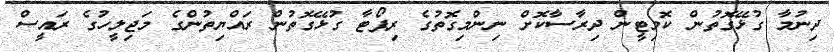
ދިނުމާ ގުޅޭގޮތުން ކޮމިޓީން ދިރާސާކޮށް ނިންމިގޮތުގެ ރިޕޯޓާ ގުޅޭގޮތުން ރައްޔިތުންގެ މަޖިލީހުގެ ރައީސް